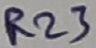
Text: R23